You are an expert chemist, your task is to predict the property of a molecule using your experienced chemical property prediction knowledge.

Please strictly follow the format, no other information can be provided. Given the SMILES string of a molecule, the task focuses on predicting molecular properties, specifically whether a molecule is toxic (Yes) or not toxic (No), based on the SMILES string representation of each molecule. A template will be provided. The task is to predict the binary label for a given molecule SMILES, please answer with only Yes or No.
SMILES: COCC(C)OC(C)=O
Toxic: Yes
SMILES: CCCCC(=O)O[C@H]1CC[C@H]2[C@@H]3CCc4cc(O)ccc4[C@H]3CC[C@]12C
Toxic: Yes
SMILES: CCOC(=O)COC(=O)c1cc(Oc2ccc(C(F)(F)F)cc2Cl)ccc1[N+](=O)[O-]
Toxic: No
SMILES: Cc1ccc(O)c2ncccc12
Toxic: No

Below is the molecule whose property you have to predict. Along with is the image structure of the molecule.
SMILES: COc1ccc2[nH]cc(CCN(C(C)C)C(C)C)c2c1
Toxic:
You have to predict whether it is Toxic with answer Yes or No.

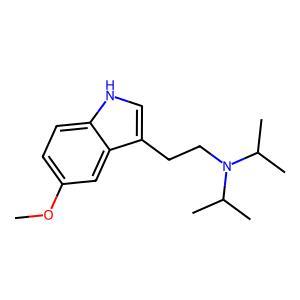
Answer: No